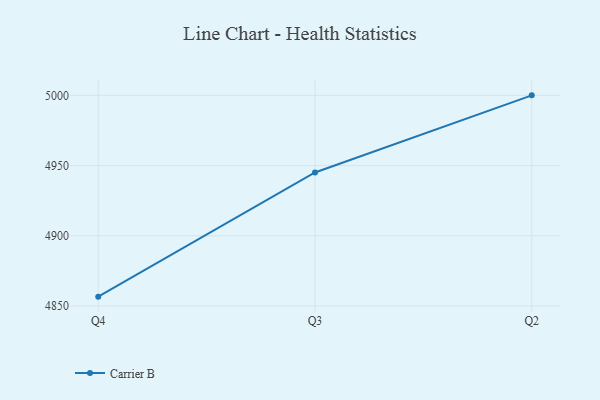
{"axis": {"x": "Quarter", "y": "Revenue (USD Million)"}, "legend": ["Carrier B"], "data": [{"x": "Q4", "y": 4856.7, "type": "Carrier B"}, {"x": "Q3", "y": 4945.1, "type": "Carrier B"}, {"x": "Q2", "y": 5000, "type": "Carrier B"}]}